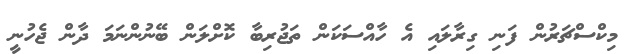
މިކްސްޗަރުން ފަނި ގިރާލައި އެ ހާއްސަކަން ތަޖުރިބާ ކޮށްލަން ބޭނުންނަމަ ދާން ޖެހުނީ